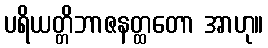
ပရိယတ္တိဘာဇနတ္ထတော အာဟု။